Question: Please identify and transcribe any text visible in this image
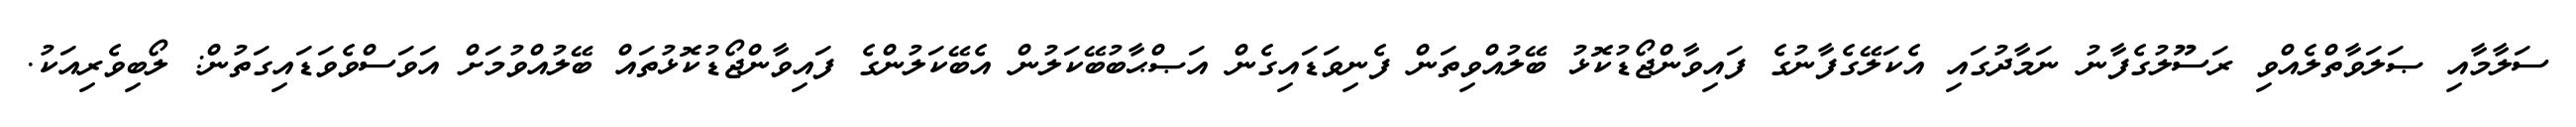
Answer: ސަލާމާއި ޞަލަވާތްލެއްވި ރަސޫލުގެފާނު ނަމާދުގައި އެކަލޭގެފާނުގެ ފައިވާންޖޯޑުކޮޅު ބޭލުއްވިތަން ފެނިވަޑައިގެން އަޞްޙާބުބޭކަލުން އެބޭކަލުންގެ ފައިވާންޖޯޑުކޮޅުތައް ބޭލުއްވުމަށް އަވަސްވެވަޑައިގަތުން: ލޯބިވެރިއަކު.